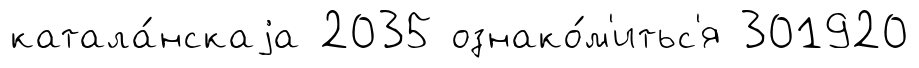
катала́нскаjа 2035 ознако́м'итьс'я 301920